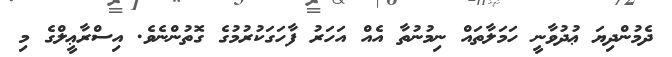
ދެމުންދިޔަ ޢުދުވާނީ ހަމަލާތައް ނިމުނުތާ އެއް އަހަރު ފާހަގަކުރުމުގެ ގޮތުންނެވެ. އިސްރާޢީލްގެ މި